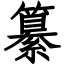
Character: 纂